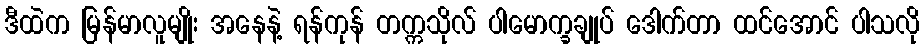
ဒီထဲက မြန်မာလူမျိုး အနေနဲ့ ရန်ကုန် တက္ကသိုလ် ပါမောက္ခချုပ် ဒေါက်တာ ထင်အောင် ပါသလို